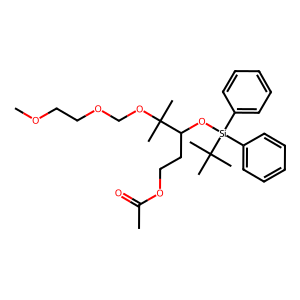
SMILES: COCCOCOC(C)(C)C(CCOC(C)=O)O[Si](c1ccccc1)(c1ccccc1)C(C)(C)C
Inhibits HIV replication: No